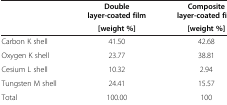
<table><thead><tr><td rowspan="2"><b> </b></td><td><b>Double layer-coated film</b></td><td><b>Composite layer-coated film</b></td></tr><tr><td><b>[weight %]</b></td><td><b>[weight %]</b></td></tr></thead><tbody><tr><td>Carbon K shell</td><td>41.50</td><td>42.68</td></tr><tr><td>Oxygen K shell</td><td>23.77</td><td>38.81</td></tr><tr><td>Cesium L shell</td><td>10.32</td><td>2.94</td></tr><tr><td>Tungsten M shell</td><td>24.41</td><td>15.57</td></tr><tr><td>Total</td><td>100.00</td><td>100</td></tr></tbody></table>